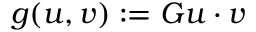
g ( u , v ) : = G u \cdot v